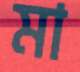
মা